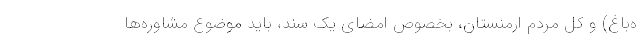
ه‌باغ) و کل مردم ارمنستان، بخصوص امضای یک سند، باید موضوع مشاوره‌ها